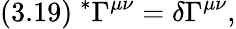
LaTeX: (3.19)\ ^{*}\Gamma^{\mu\nu}=\delta\Gamma^{\mu\nu},